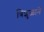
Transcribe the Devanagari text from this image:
त्रिशुळाने